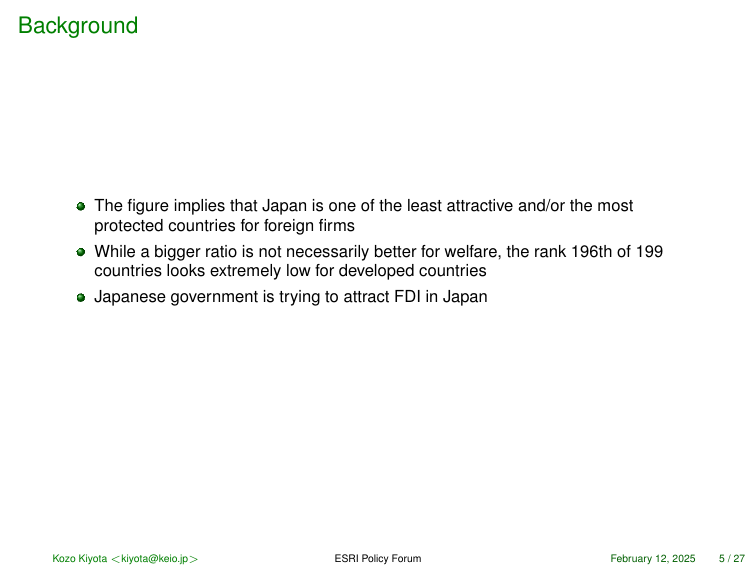
Background

• The figure implies that Japan is one of the least attractive and/or the most protected countries for foreign firms
• While a bigger ratio is not necessarily better for welfare, the rank 196th of 199 countries looks extremely low for developed countries
• Japanese government is trying to attract FDI in Japan

Kozo Kiyota <kiyota@keio.jp> ESRI Policy Forum February 12, 2025 5 / 27